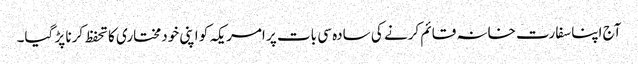
آج اپنا سفارت خانہ قائم کرنے کی سادہ سی بات پر امریکہ کو اپنی خودمختاری کا تحفظ کرنا پڑ گیا۔